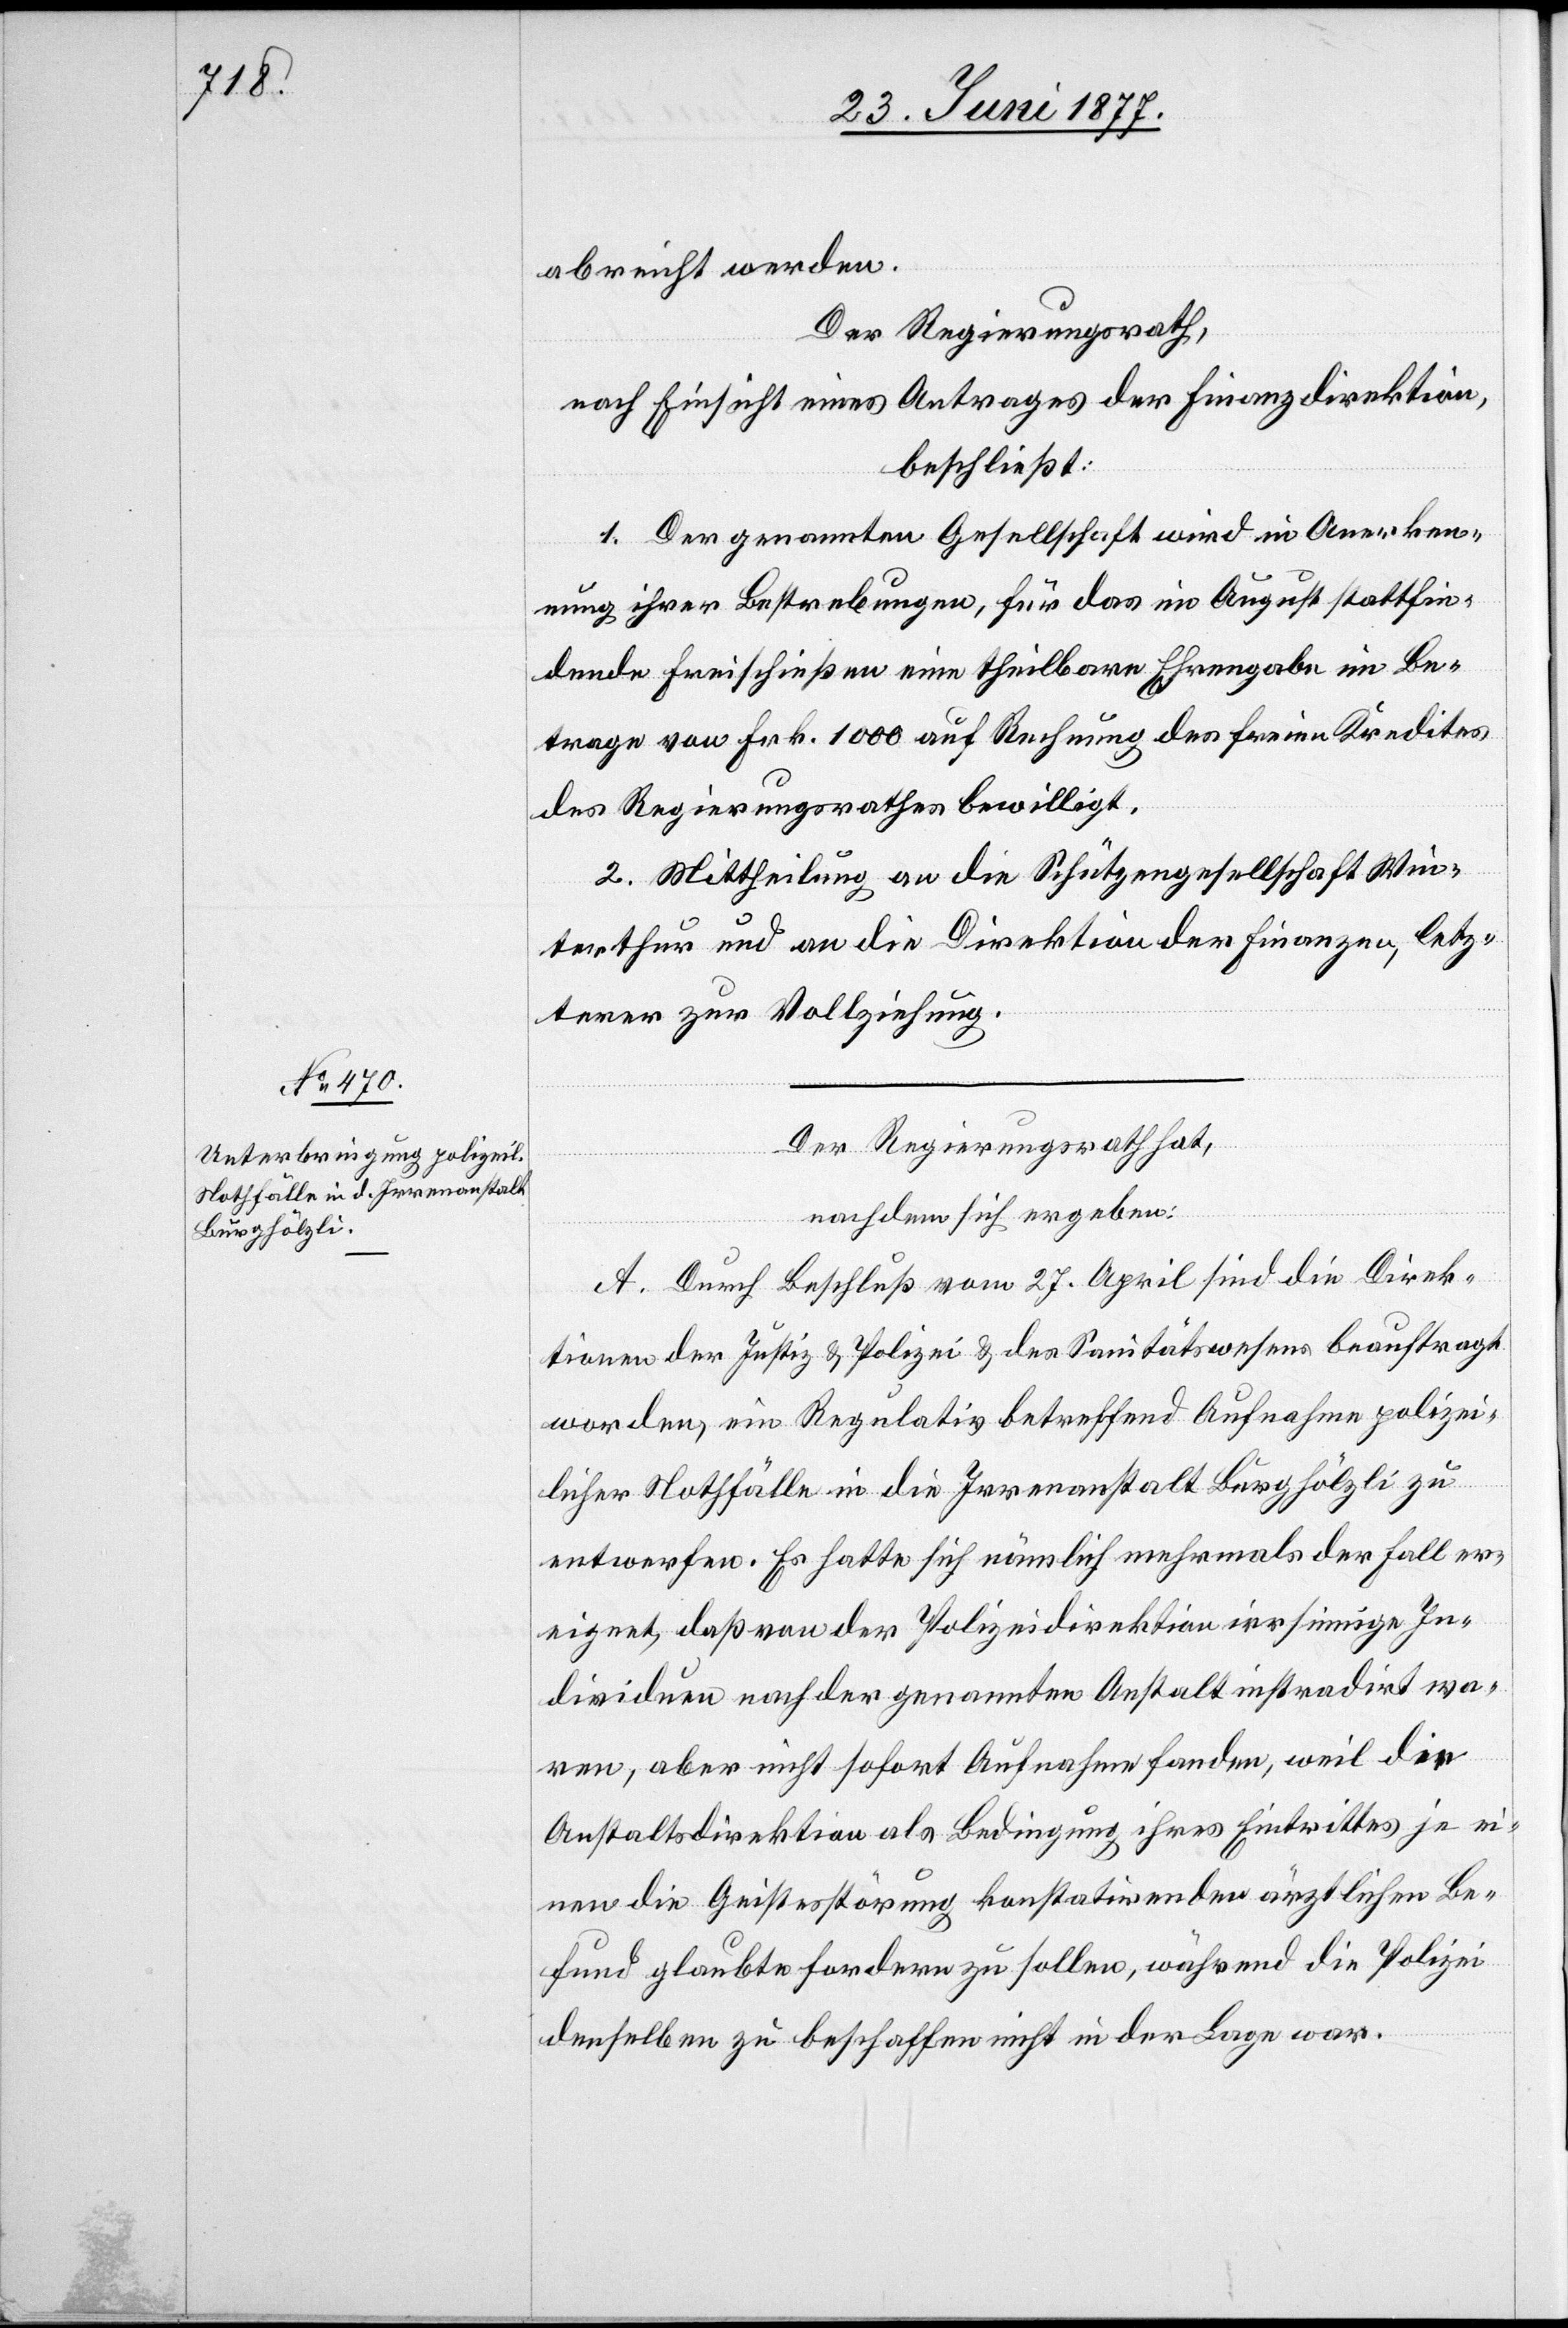
abreicht werden.
Der Regierungsrath,
nach Einsicht eines Antrages der Finanzdirektion,
beschließt:
1. Der genannten Gesellschaft wird in Anerken¬
nung ihrer Bestrebungen, für das im August stattfin¬
dende Freischießen eine theilbare Ehrengabe im Be¬
trage von Frk. 1000 auf Rechnung des freien Kredites
des Regierungsrathes bewilligt.
2. Mittheilung an die Schützengesellschaft Win¬
terthur und an die Direktion der Finanzen, letz¬
terer zur Vollziehung.
Der Regierungsrath hat,
nachdem sich ergeben:
A. Durch Beschluß vom 27. April sind die Direk¬
tionen der Justiz & Polizei & des Sanitätswesens beauftragt
worden, ein Regulativ betreffend Aufnahme polizei¬
licher Nothfälle in die Irrenanstalt Burghölzli zu
entwerfen. Es hatte sich nämlich mehrmals der Fall er¬
eignet, daß von der Polizeidirektion irrsinnige In¬
dividuen nach der genannten Anstalt instradirt wa¬
ren, aber nicht sofort Aufnahme fanden, weil die
Anstaltsdirektion als Bedingung ihres Eintrittes je ei¬
nen die Geistesstörung konstatirenden ärztlichen Be¬
fund glaubten fordern zu sollen, während die Polizei
denselben zu beschaffen nicht in der Lage war.